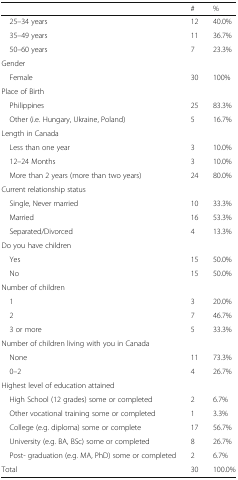
|  | # | % |
 | --- | --- | --- |
 | 25–34 years | 12 | 40.0% |
 | 35–49 years | 11 | 36.7% |
 | 50–60 years | 7 | 23.3% |
 | <COLSPAN=3> Gender |
 | Female | 30 | 100% |
 | <COLSPAN=3> Place of Birth |
 | Philippines | 25 | 83.3% |
 | Other (i.e. Hungary, Ukraine, Poland) | 5 | 16.7% |
 | <COLSPAN=3> Length in Canada |
 | Less than one year | 3 | 10.0% |
 | 12–24 Months | 3 | 10.0% |
 | More than 2 years (more than two years) | 24 | 80.0% |
 | <COLSPAN=3> Current relationship status |
 | Single, Never married | 10 | 33.3% |
 | Married | 16 | 53.3% |
 | Separated/Divorced | 4 | 13.3% |
 | <COLSPAN=3> Do you have children |
 | Yes | 15 | 50.0% |
 | No | 15 | 50.0% |
 | <COLSPAN=3> Number of children |
 | 1 | 3 | 20.0% |
 | 2 | 7 | 46.7% |
 | 3 or more | 5 | 33.3% |
 | <COLSPAN=3> Number of children living with you in Canada |
 | None | 11 | 73.3% |
 | 0–2 | 4 | 26.7% |
 | <COLSPAN=3> Highest level of education attained |
 | High School (12 grades) some or completed | 2 | 6.7% |
 | Other vocational training some or completed | 1 | 3.3% |
 | College (e.g. diploma) some or complete | 17 | 56.7% |
 | University (e.g. BA, BSc) some or completed | 8 | 26.7% |
 | Post- graduation (e.g. MA, PhD) some or completed | 2 | 6.7% |
 | Total | 30 | 100.0% |